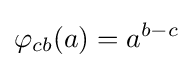
\displaystyle {\varphi _{cb}(a)=a^{b-c}}